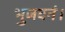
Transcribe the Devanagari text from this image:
भुजवनं।